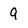
Character: Q